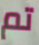
تم